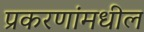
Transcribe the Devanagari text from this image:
प्रकरणांमधील